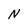
Character: N